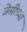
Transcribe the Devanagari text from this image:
जेसीच्या